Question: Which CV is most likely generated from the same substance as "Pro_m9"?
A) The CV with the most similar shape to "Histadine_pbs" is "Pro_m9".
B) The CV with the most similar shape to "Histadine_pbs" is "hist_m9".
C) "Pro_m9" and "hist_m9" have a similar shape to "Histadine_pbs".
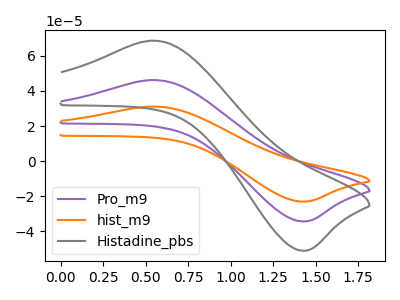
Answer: <think>The purple curve "Pro_m9" has an anodic peak at (0.55V, 46.25uA) and a cathodic peak at (1.40V, -34.45uA). The orange curve "hist_m9" has an anodic peak at (0.55V, 92.45uA) and a cathodic peak at (1.40V, -68.90uA). The gray curve "Histadine_pbs" has an anodic peak at (0.55V, 68.70uA) and a cathodic peak at (1.40V, -51.20uA).
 All the peaks in "Pro_m9" have a peak in "hist_m9" at the same potential. Every peak in "Pro_m9" is lower than every peak in "hist_m9". All the peaks in "Pro_m9" have a peak in "Histadine_pbs" at the same potential. Every peak in "Pro_m9" is lower than every peak in "Histadine_pbs". All the peaks in "hist_m9" have a peak in "Histadine_pbs" at the same potential. Every peak in "hist_m9" is higher than every peak in "Histadine_pbs".</think>
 <answer>C) "Pro_m9" and "hist_m9" have a similar shape to "Histadine_pbs".</answer>
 <eval>C</eval>